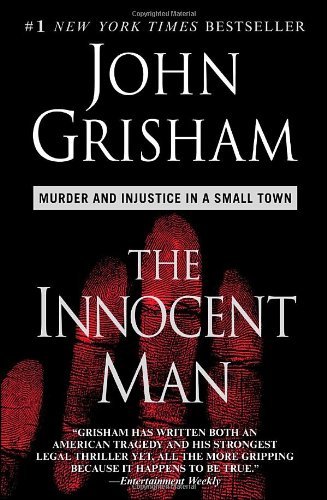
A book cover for The Innocent Man; John Grisham; Mystery, Thriller & Suspense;